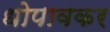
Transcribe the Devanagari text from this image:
धोपावकर